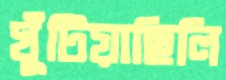
ঘুঁটিয়াছিলি